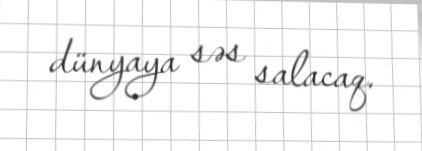
dünyaya səs salacaq.